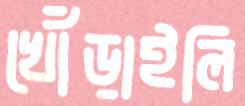
খোঁড়াইলি